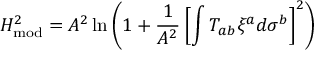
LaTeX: H _ { \mathrm { m o d } } ^ { 2 } = A ^ { 2 } \ln \left( 1 + { \frac { 1 } { A ^ { 2 } } } \left[ \int T _ { a b } \xi ^ { a } d \sigma ^ { b } \right] ^ { 2 } \right)